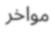
مواخر